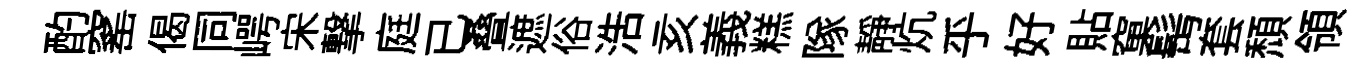
酌窰偈同崿宋撃庭已叠遮俗浩亥義糕隊靜炕乎好貼窠髩套頹領